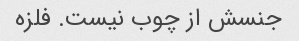
جنسش از چوب نیست. فلزه